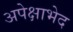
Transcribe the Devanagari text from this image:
अपेक्षाभेद